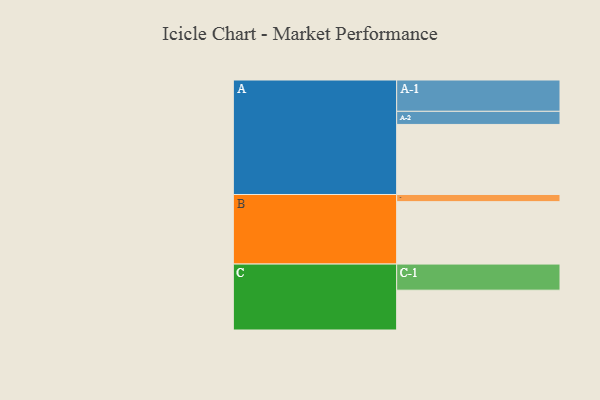
{"axis": {"x": "Segment", "y": "Value"}, "legend": ["", "A", "B", "C"], "data": [{"x": "A", "y": 577, "type": ""}, {"x": "B", "y": 514, "type": ""}, {"x": "C", "y": 328, "type": ""}, {"x": "A-1", "y": 258, "type": "A"}, {"x": "A-2", "y": 108, "type": "A"}, {"x": "B-1", "y": 59, "type": "B"}, {"x": "C-1", "y": 215, "type": "C"}]}